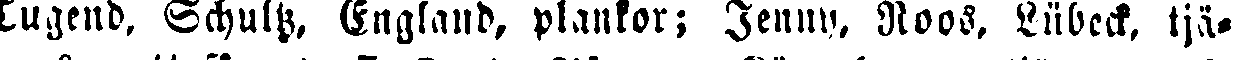
Jugend, Schultz, England, plankor; Jenny, Roos. Lübeck, tjä-